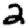
Digit: 2